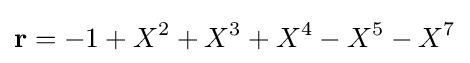
{\textbf {r}}=-1+X^{2}+X^{3}+X^{4}-X^{5}-X^{7}